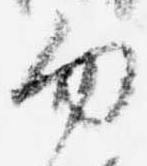
勿